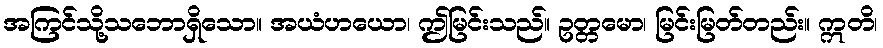
အကြင်သို့သဘောရှိသော။ အယံဟယော၊ ဤမြင်းသည်။ ဥတ္တမော၊ မြင်းမြတ်တည်း။ ဣတိ၊